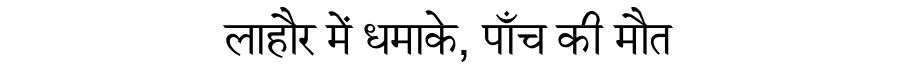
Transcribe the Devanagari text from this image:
लाहौर में धमाके, पाँच की मौत